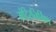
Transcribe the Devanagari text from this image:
मंदिरनिर्मिण